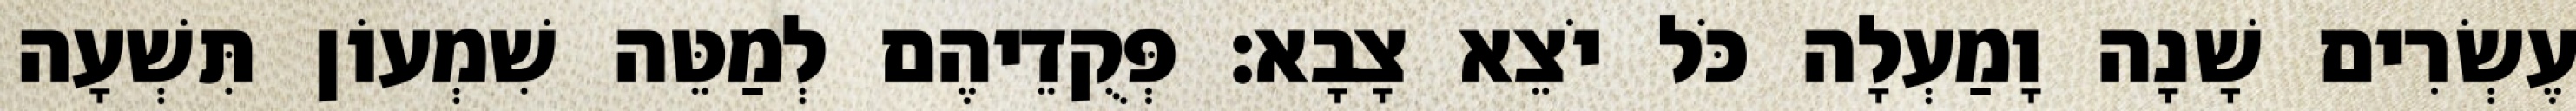
עֶשְׂרִים שָׁנָה וָמַעְלָה כֹּל יֹצֵא צָבָא׃ פְּקֻדֵיהֶם לְמַטֵּה שִׁמְעוֹן תִּשְׁעָה